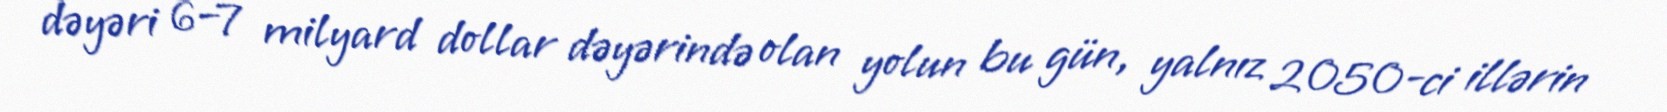
dəyəri 6–7 milyard dollar dəyərində olan yolun bu gün, yalnız 2050-ci illərin